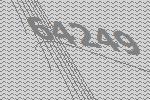
64249